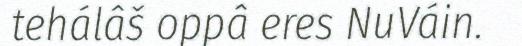
tehálâš oppâ eres NuVáin.